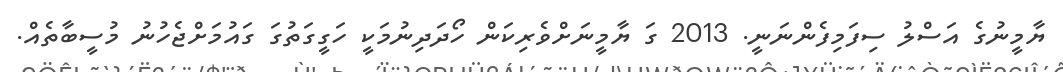
ޔާމީނުގެ އަސްލު ސިފަމިފެންނަނީ. 2013 ގަ ޔާމީނަށްވެރިކަން ހޯދަދިނުމަކީ ހަގީގަތުގަ ގައުމަށްޖެހުނު މުސީބާތެއް.